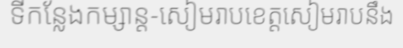
ទីកន្លែងកម្សាន្ត-សៀមរាបខេត្តសៀមរាបនឹង